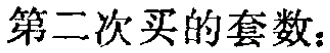
第二次买的套数：